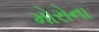
મોરોના